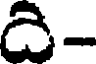
ది-